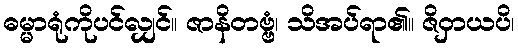
ဓမ္မာရုံကိုပင်လျှင်။ ဇာနိတဗ္ဗံ၊ သိအပ်ရာ၏။ ဇိဝှာယပိ၊